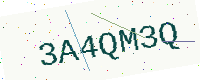
Text: 3A4QM3Q